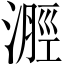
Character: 𣻽